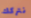
نتركك